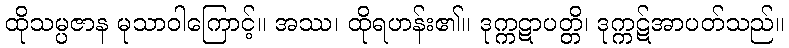
ထိုသမ္ပဇာန မုသာဝါကြောင့်။ အဿ၊ ထိုရဟန်း၏။ ဒုက္ကဋာပတ္တိ၊ ဒုက္ကဋ်အာပတ်သည်။